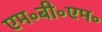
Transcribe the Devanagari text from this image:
एम॰बी॰एम॰